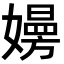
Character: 𡢚